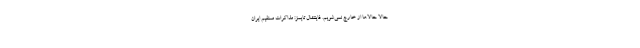
حالا حالاها از خارج نمی‌شویم. فایننشال تایمز: مذاکرات مستقیم ایران